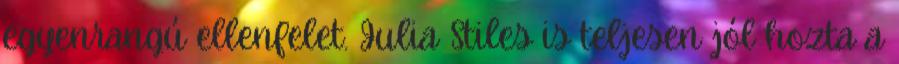
egyenrangú ellenfelet. Julia Stiles is teljesen jól hozta a